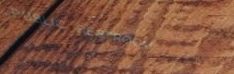
PUBLIC RESTROOM